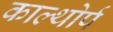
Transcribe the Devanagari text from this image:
काल्थोर्प